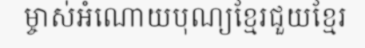
ម្ចាស់អំណោយបុណ្យខ្មែរជួយខ្មែរ